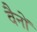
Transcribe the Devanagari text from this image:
वैनों